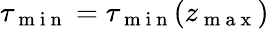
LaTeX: \tau_{\mathrm{~m~i~n~}}=\tau_{\mathrm{~m~i~n~}}(z_{\mathrm{~m~a~x~}})